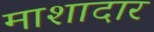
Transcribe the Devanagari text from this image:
माशादार